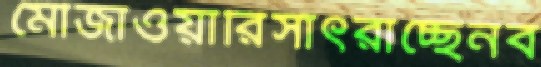
মৌজাওয়ারিসাঁৎরাচ্ছেনব